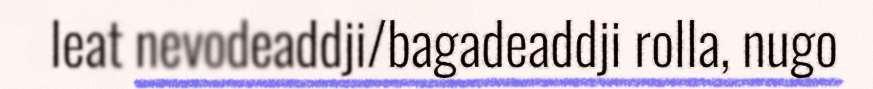
leat nevodeaddji/bagadeaddji rolla, nugo